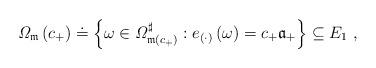
LaTeX: \begin{align*}\mathit{\Omega }_{\mathfrak{m}}\left( c_{+}\right) \doteq \left\{ \omega \in \mathit{\Omega }_{\mathfrak{m}\left( c_{+}\right) }^{\sharp }:e_{(\cdot)}\left( \omega \right) =c_{+}\mathfrak{a}_{+}\right\}\subseteq E_{1}\ , \end{align*}